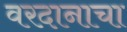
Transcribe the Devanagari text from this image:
वरदानाचा